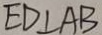
E D \bot A B